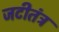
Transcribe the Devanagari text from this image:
जटीतंत्र